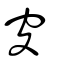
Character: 𥦸